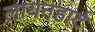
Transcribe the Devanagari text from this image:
लायनहार्ट